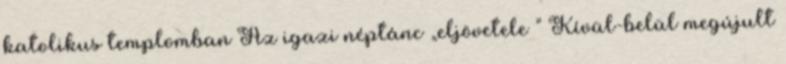
katolikus templomban Az igazi néptánc „eljövetele ” Kívül-belül megújult